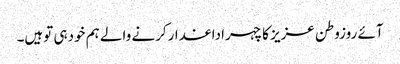
آئے روزوطن عزیز کاچہراداغدارکرنے والے ہم خودہی توہیں۔